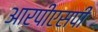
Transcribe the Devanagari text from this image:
आरपीएसपी